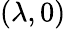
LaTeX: (\lambda,0)